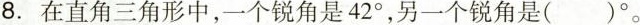
8.在直角三角形中，一个锐角是42°，另一个锐角是()°。